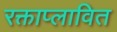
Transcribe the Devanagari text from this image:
रक्ताप्लावित